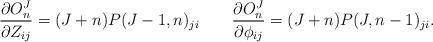
LaTeX: \begin{align*}{\partial O^J_{n}\over \partial Z_{ij}}=(J+n)P(J-1,n)_{ji}\qquad {\partial O^J_{n}\over \partial \phi_{ij}}=(J+n)P(J,n-1)_{ji}.\end{align*}